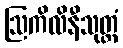
ဩကိလိနီသုတ္တံ